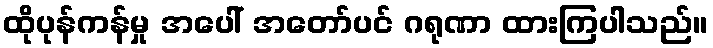
ထိုပုန်ကန်မှု အပေါ် အတော်ပင် ဂရုဏာ ထားကြပါသည်။